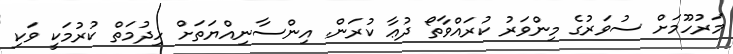
މަރުހޫމަށް ސުވަރުގެ މިންވަރު ކުރައްވާތޯ ދުޢާ ކުރަަން. އިންސާނިއްޔަތަށް ހިދުމަތް ކުރުމަކީ ވަކި